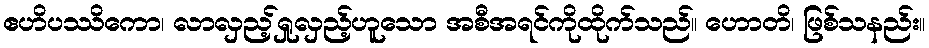
ဧဟိပဿိကော၊ လာလှည့်ရှုလှည့်ဟူသော အစီအရင်ကိုထိုက်သည်။ ဟောတိ၊ ဖြစ်သနည်း။